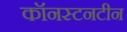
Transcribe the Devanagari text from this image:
कॉनस्टनटीन